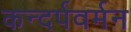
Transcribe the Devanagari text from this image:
कन्दर्पवर्मन